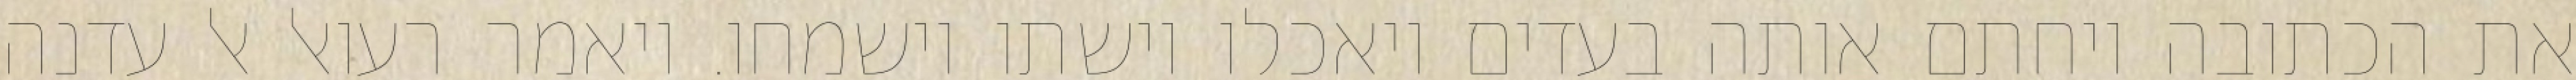
את הכתובה ויחתם אותה בעדים ויאכלו וישתו וישמחו. ויאמר רעואל אל עדנה